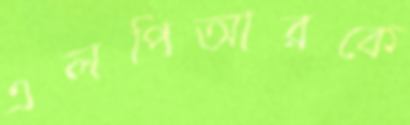
এলপিআরকে